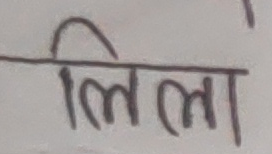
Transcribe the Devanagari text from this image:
लिला